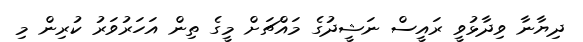
ދިޔާނާ ވިދާޅުވީ ރައީސް ނަޝީދުގެ މައްޗަށް މީގެ ތިން އަހަރުވަރު ކުރިން މި